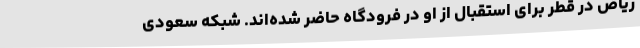
ریاض در قطر برای استقبال از او در فرودگاه حاضر شده‌اند. شبکه سعودی